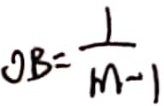
O B = \frac { 1 } { m - 1 }